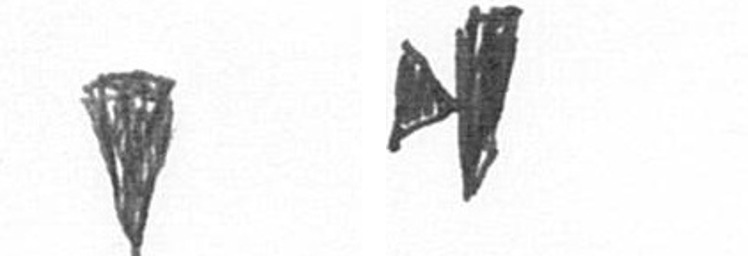
J M